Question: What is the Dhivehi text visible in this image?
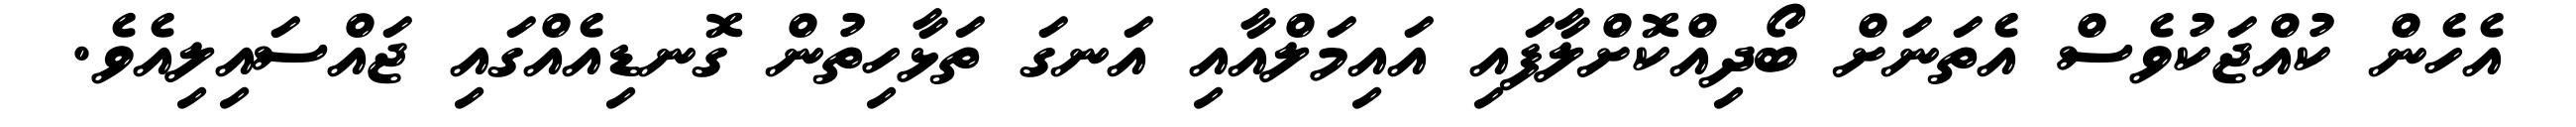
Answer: އެހެން ކުއްޖަކުވެސް އެތަނަށް ބޯދިއްކޮށްލާފައި އައިމަލްއާއި އަނގަ ތަޅާހިތުން ގޮނޑިއެއްގައި ޖައްސައިލިއެވެ.